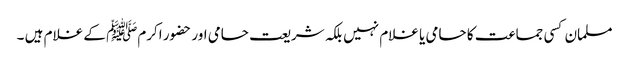
مسلمان کسی جماعت کا حامی یا غلام نہیں بلکہ شریعت حامی اور حضور اکرمﷺ کے غلام ہیں ۔